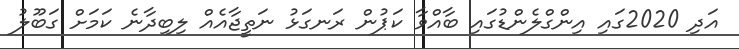
އަދި 2020ގައި އިންގްލެންޑުގައި ބާއްވާ ކަޕުން ރަނގަޅު ނަތީޖާއެއް ލިބިދާނެ ކަމަށް ގަބޫލު